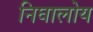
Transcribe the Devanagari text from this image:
निघालोय